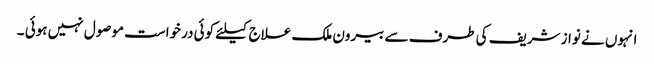
انہوں نے نواز شریف کی طرف سے بیرون ملک علاج کیلئے کوئی درخواست موصول نہیں ہوئی ۔